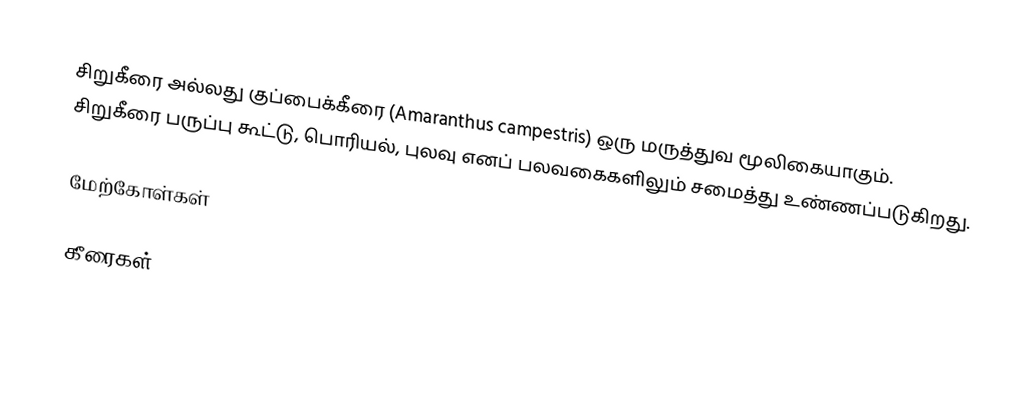
சிறுகீரை அல்லது குப்பைக்கீரை (Amaranthus campestris) ஒரு மருத்துவ மூலிகையாகும். சிறுகீரை பருப்பு கூட்டு, பொரியல், புலவு எனப் பலவகைகளிலும் சமைத்து உண்ணப்படுகிறது.

மேற்கோள்கள்

கீரைகள்